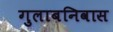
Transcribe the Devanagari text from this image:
गुलाबनिवास